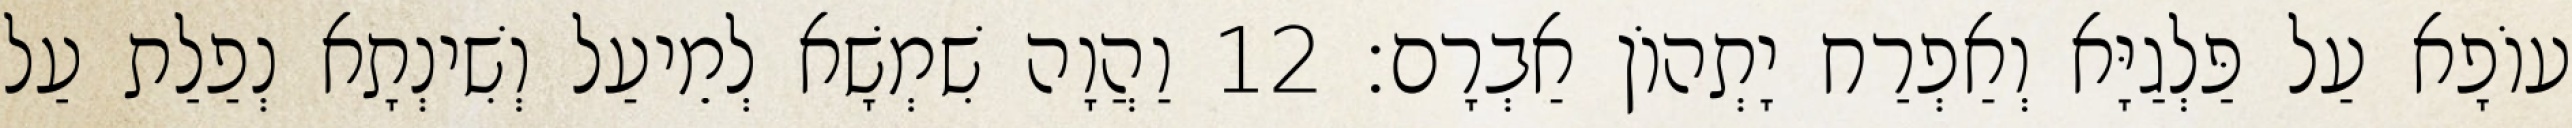
עוֹפָא עַל פַּלְגַיָּא וְאַפְרַח יָתְהוֹן אַבְרָם׃ 12 וַהֲוָה שִׁמְשָׁא לְמֵיעַל וְשִׁינְתָא נְפַלַת עַל